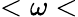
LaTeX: <\omega<